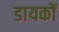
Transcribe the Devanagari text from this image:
डायकों